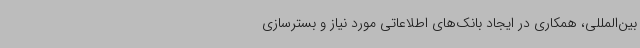
بین‌المللی، همکاری در ایجاد بانک‌های اطلاعاتی مورد نیاز و بسترسازی